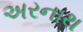
અરનાથ